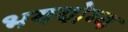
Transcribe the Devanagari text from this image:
भययोग्य